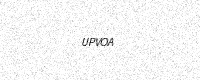
Text: UPVOA